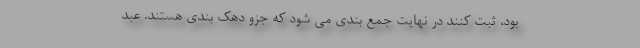
بود، ثبت کنند در نهایت جمع بندی می شود که جزو دهک بندی هستند. عبد